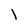
Character: l